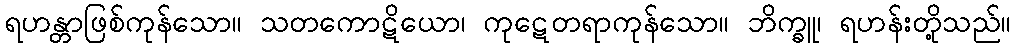
ရဟန္တာဖြစ်ကုန်သော။ သတကောဋိယော၊ ကုဋေတရာကုန်သော။ ဘိက္ခူ၊ ရဟန်းတို့သည်။